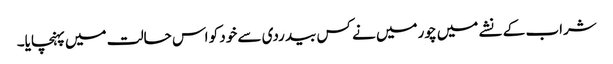
شراب کے نشے میں چورمیں نے کس بیدردی سے خود کو اس حالت میں پہنچایا۔